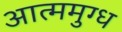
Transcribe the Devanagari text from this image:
आत्ममुग्ध